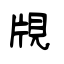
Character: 覑